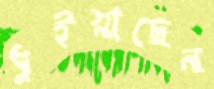
ধুইয়াছেন